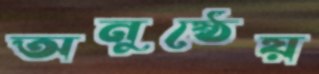
অনুষ্ঠেয়